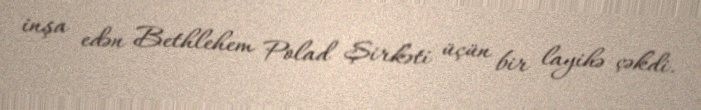
inşa edən Bethlehem Polad Şirkəti üçün bir layihə çəkdi.